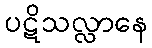
ပဋိသလ္လာနေ